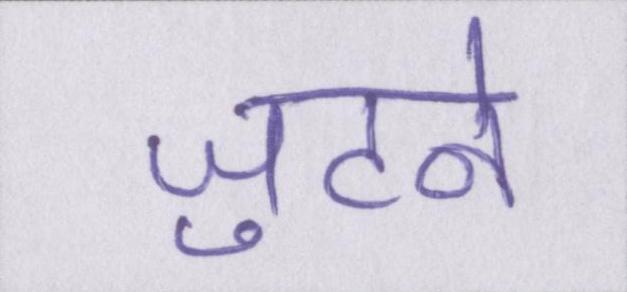
जुटने